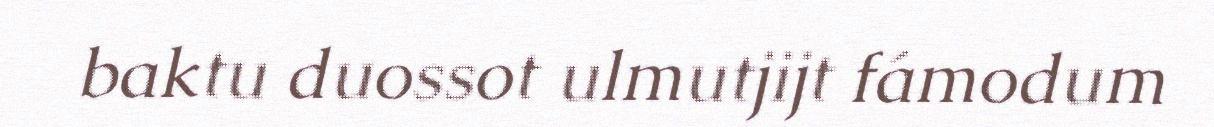
baktu duossot ulmutjijt fámodum